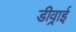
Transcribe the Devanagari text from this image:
डीव्राई